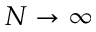
N \rightarrow \infty